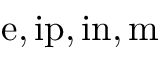
\mathrm { e , i p , i n , m }